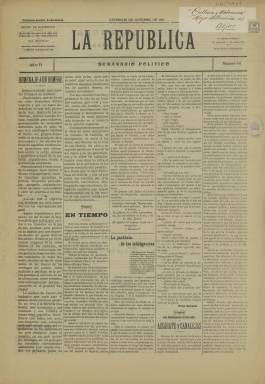
Título: La República (Oviedo)
Colección: Periódicos
Ámbito geográfico: Asturias
Lugar de publicación: Oviedo [Asturias]
Fechas: 21/10/1911-21/10/1911